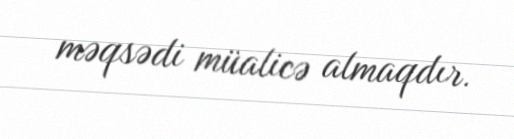
məqsədi müalicə almaqdır.